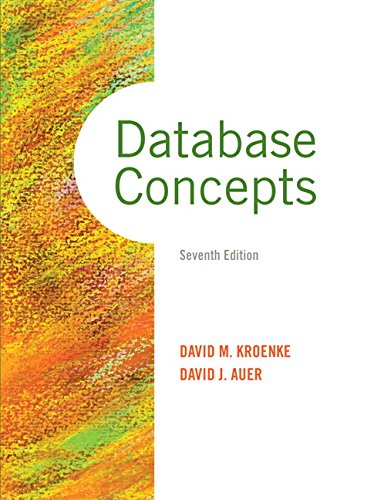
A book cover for Database Concepts (7th Edition); David M. Kroenke; Business & Money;